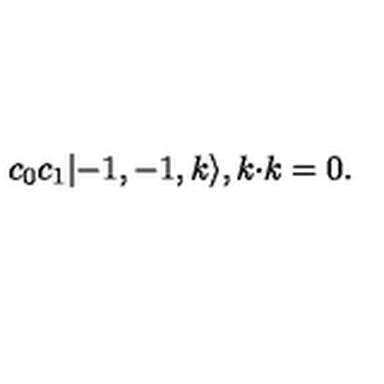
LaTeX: c _ { 0 } c _ { 1 } | { - } 1 , { - } 1 , k \rangle , k { \cdot } k = 0 .